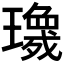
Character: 𱯷